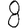
Digit: 8